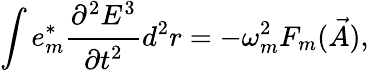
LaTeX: \int e_{m}^{*}\cfrac{\partial^{2}E^{3}}{\partial t^{2}}d^{2}r=-\omega_{m}^{2}F_{m}(\vec{A}),